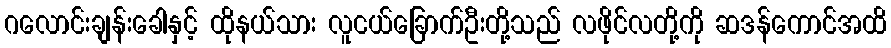
ဂလောင်းချန်းခေါနှင့် ထိုနယ်သား လူငယ်ခြောက်ဦးတို့သည် လဖိုင်လတို့ကို ဆဒန်ကောင်အထိ